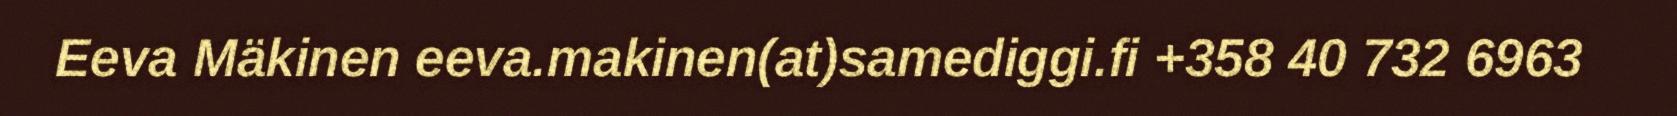
Eeva Mäkinen eeva.makinen(at)samediggi.fi +358 40 732 6963